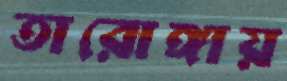
তারোঙ্গায়